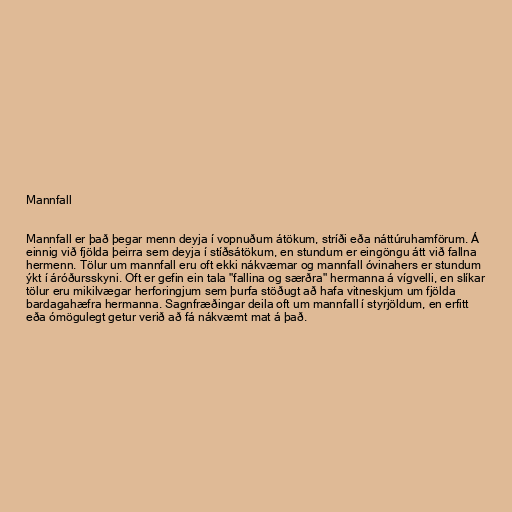
Mannfall

Mannfall er það þegar menn deyja í vopnuðum átökum, stríði eða náttúruhamförum. Á
einnig við fjölda þeirra sem deyja í stíðsátökum, en stundum er eingöngu átt við fallna
hermenn. Tölur um mannfall eru oft ekki nákvæmar og mannfall óvinahers er stundum
ýkt í áróðursskyni. Oft er gefin ein tala "fallina og særðra" hermanna á vígvelli, en slíkar
tölur eru mikilvægar herforingjum sem þurfa stöðugt að hafa vitneskjum um fjölda
bardagahæfra hermanna. Sagnfræðingar deila oft um mannfall í styrjöldum, en erfitt
eða ómögulegt getur verið að fá nákvæmt mat á það.